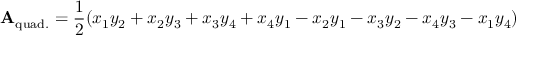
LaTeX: \mathbf { A } _ { \mathrm { q u a d . } } = { \frac { 1 } { 2 } } ( x _ { 1 } y _ { 2 } + x _ { 2 } y _ { 3 } + x _ { 3 } y _ { 4 } + x _ { 4 } y _ { 1 } - x _ { 2 } y _ { 1 } - x _ { 3 } y _ { 2 } - x _ { 4 } y _ { 3 } - x _ { 1 } y _ { 4 } )